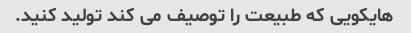
هایکویی که طبیعت را توصیف می کند تولید کنید.